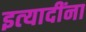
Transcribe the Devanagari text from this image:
इत्‍यादींना